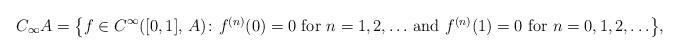
LaTeX: \begin{align*}C_{\infty} A = \big\{ f \in C^{\infty} ([0, 1], \, A) \colon {\mbox{$f^{(n)} (0) = 0$ for $n = 1, 2, \ldots$ and $f^{(n)} (1) = 0$ for $n = 0, 1, 2, \ldots$}} \big\},\end{align*}